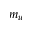
m _ { u }